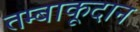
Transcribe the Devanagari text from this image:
तम्बाकूदान